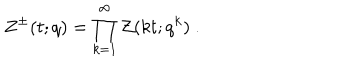
LaTeX: Z ^ { \pm } ( t ; q ) = \prod _ { k = 1 } ^ { \infty } { \cal Z } ( k t ; q ^ { k } ) ~ .